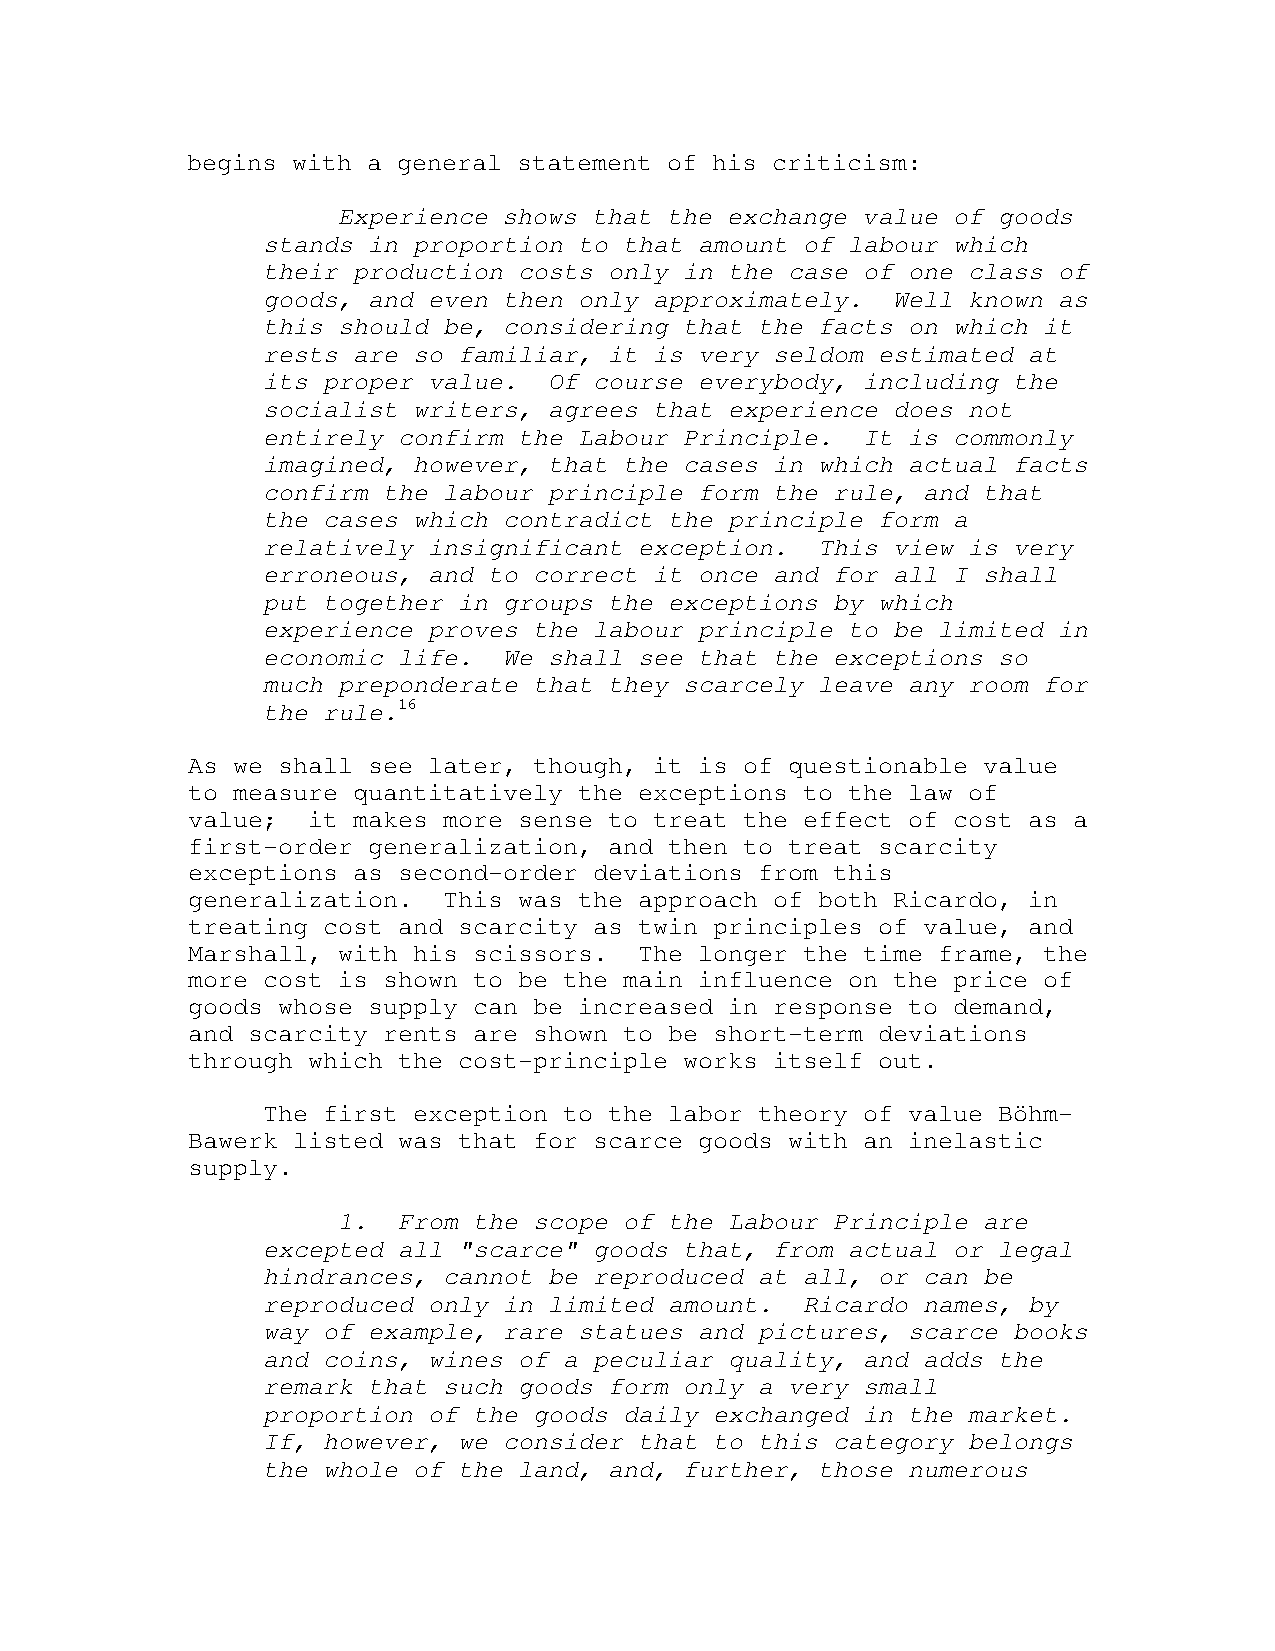
begins with a general statement of his criticism:
 Experience shows that the exchange value of goods
 stands in proportion to that amount of labour which
 their production costs only in the case of one class of
 goods, and even then only approximately.  Well known as
 this should be, considering that the facts on which it
 rests are so familiar, it is very seldom estimated at
 its proper value.  Of course everybody, including the
 socialist writers, agrees that experience does not
 entirely confirm the Labour Principle.  It is commonly
 imagined, however, that the cases in which actual facts
 confirm the labour principle form the rule, and that
 the cases which contradict the principle form a
 relatively insignificant exception.  This view is very
 erroneous, and to correct it once and for all I shall
 put together in groups the exceptions by which
 experience proves the labour principle to be limited in
 economic life.  We shall see that the exceptions so
 much preponderate that they scarcely leave any room for
 the rule.16
 As we shall see later, though, it is of questionable value
 to measure quantitatively the exceptions to the law of
 value;  it makes more sense to treat the effect of cost as a
 first-order generalization, and then to treat scarcity
 exceptions as second-order deviations from this
 generalization.  This was the approach of both Ricardo, in
 treating cost and scarcity as twin principles of value, and
 Marshall, with his scissors.  The longer the time frame, the
 more cost is shown to be the main influence on the price of
 goods whose supply can be increased in response to demand,
 and scarcity rents are shown to be short-term deviations
 through which the cost-principle works itself out.
 The first exception to the labor theory of value Böhm-
 Bawerk listed was that for scarce goods with an inelastic
 supply.
 1.  From the scope of the Labour Principle are
 excepted all "scarce" goods that, from actual or legal
 hindrances, cannot be reproduced at all, or can be
 reproduced only in limited amount.  Ricardo names, by
 way of example, rare statues and pictures, scarce books
 and coins, wines of a peculiar quality, and adds the
 remark that such goods form only a very small
 proportion of the goods daily exchanged in the market.
 If, however, we consider that to this category belongs
 the whole of the land, and, further, those numerous